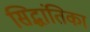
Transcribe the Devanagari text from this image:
सिद्धांतिका